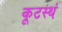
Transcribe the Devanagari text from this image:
कूटस्थं